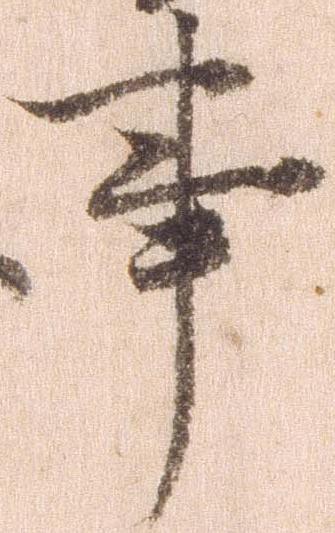
事